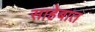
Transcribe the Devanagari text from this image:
साहेबात